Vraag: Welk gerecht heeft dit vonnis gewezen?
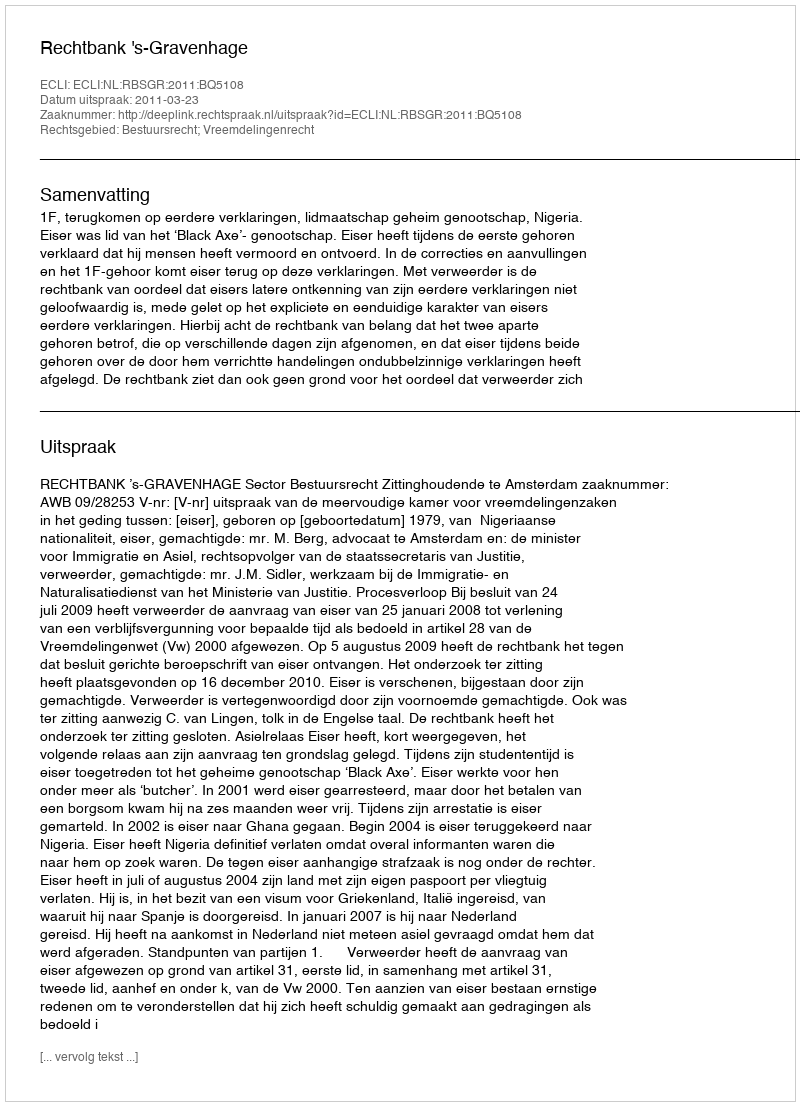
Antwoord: Rechtbank 's-Gravenhage